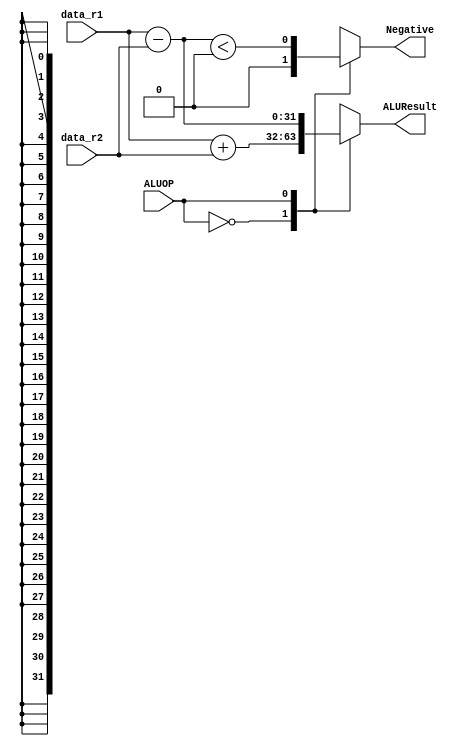
`timescale 1ns / 1ps
//////////////////////////////////////////////////////////////////////////////////
//El mdulo ALU se encarga de realizar las operaciones aritmtico-lgicas necesarias para las 
//instrucciones. En este caso, solamente se necesita realizar sumas y restas. 
//Adicionalmente, puede generar una bandera en caso de que su resultado en resta d negativo.
//////////////////////////////////////////////////////////////////////////////////


module ALU (
  input [31:0] data_r1, //Entrada de registro ledo 1
  input [31:0] data_r2, //Entrada de registro ledo 2 o inmediato
  input ALUOP, //Seal de control de la UC para definir operacin
  output reg [31:0] ALUResult, //Salida del resultado
  output reg Negative //Bandera de resultado negativo
);
   //Realizar la operacin en cada cambio en las entradas
  always @(*) begin 
    case (ALUOP) //Dos casos posibles de operacin
      1'b0: begin //La seal de control es 0
            ALUResult = data_r1 + data_r2; // La operacin es suma.
            Negative = 0; //No es posible un resultado negativo
            end
      1'b1: begin
                ALUResult = data_r1 - data_r2; // La operacin es suma.
                Negative = ($signed(ALUResult) < 0); //La resultado con signo es mejor que 
                //cero, es decir, R2 data_r2 ms grande que data_r1.
             end
      default: 
        begin
            //En cualquier otro caso se definen como cero por defecto.
            ALUResult = 0; 
            Negative = 0;
        end
    endcase
  end
  
endmodule